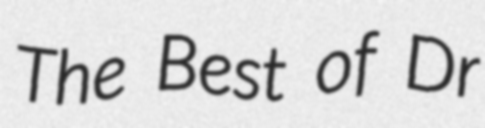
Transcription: The Best of Dr